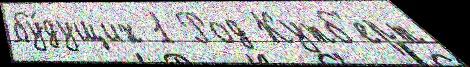
бу́дущих 1 Род Кутб'ерт